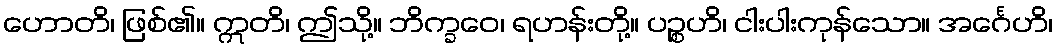
ဟောတိ၊ ဖြစ်၏။ ဣတိ၊ ဤသို့။ ဘိက္ခဝေ၊ ရဟန်းတို့။ ပဉ္စဟိ၊ ငါးပါးကုန်သော။ အင်္ဂေဟိ၊